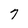
Character: 7